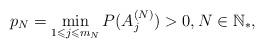
LaTeX: \begin{align*}p_{N}=\min_{1\leqslant j\leqslant m_{N}}P(A_{j}^{(N)})>0,N\in\mathbb{N}_{\ast},\end{align*}